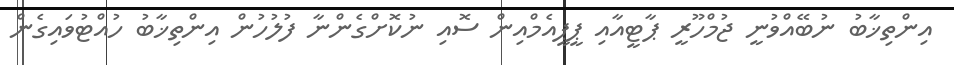
އިންތިޚާބު ނުބޭއްވުނީ ޖުމްހޫރީ ޕާޓީއާއި ޕީޕީއެމްއިން ސޮއި ނުކޮށްގެންނާ ފުލުހުން އިންތިޚާބު ހުއްޓުވައިގެން